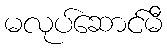
မလုပ်ဆောင်မီ